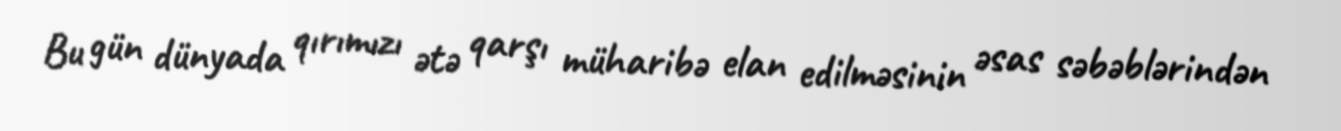
Bu gün dünyada qırımızı ətə qarşı müharibə elan edilməsinin əsas səbəblərindən